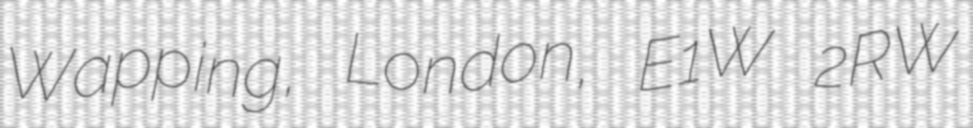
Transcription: Wapping, London, E1W 2RW